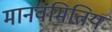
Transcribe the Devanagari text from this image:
मानवमितिय